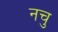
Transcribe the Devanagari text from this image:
नचु